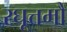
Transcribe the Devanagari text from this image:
रघूत्तमौ